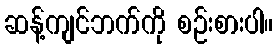
ဆန့်ကျင်ဘက်ကို စဉ်းစားပါ။